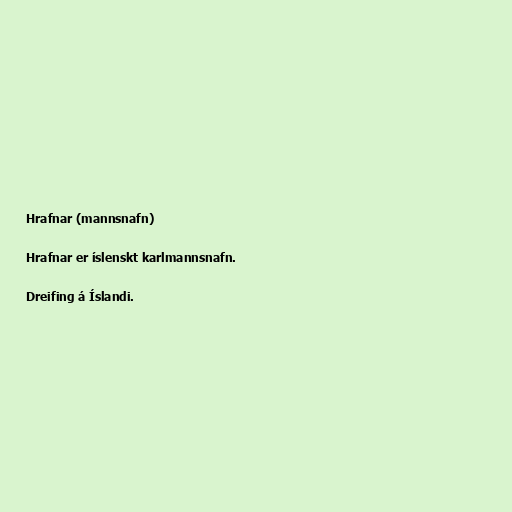
Hrafnar (mannsnafn)

Hrafnar er íslenskt karlmannsnafn.

Dreifing á Íslandi.